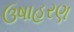
ઉષાહરણ